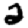
Digit: 2